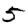
Digit: 5